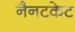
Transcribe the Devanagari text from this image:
नैनटकेट